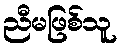
ညီမဖြစ်သူ